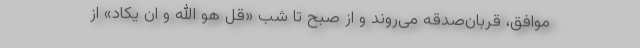
موافق، قربان‌صدقه می‌روند و از صبح تا شب «قل هو الله و ان یکاد» از